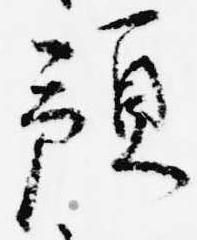
預